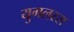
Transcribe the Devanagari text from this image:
युगलरस